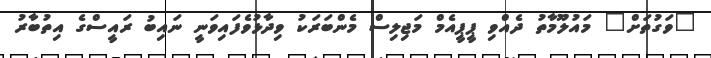
"ވަގުތަށް" މައުލޫމާތު ދެއްވި ޕީޕީއެމް މަޖިލިސް މެންބަރަކު ވިދާޅުވެފައިވަނީ ނައިބު ރައީސްގެ އިތުބާރު